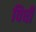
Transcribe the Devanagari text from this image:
विधीं